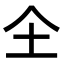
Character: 𭍺